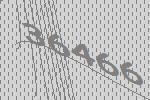
36466